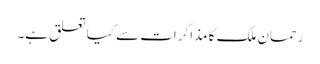
رحمان ملک کا مذاکرات سے کیا تعلق ہے۔